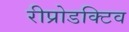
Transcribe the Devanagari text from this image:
रीप्रोडक्टिव